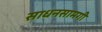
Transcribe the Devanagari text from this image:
साधनसामगी